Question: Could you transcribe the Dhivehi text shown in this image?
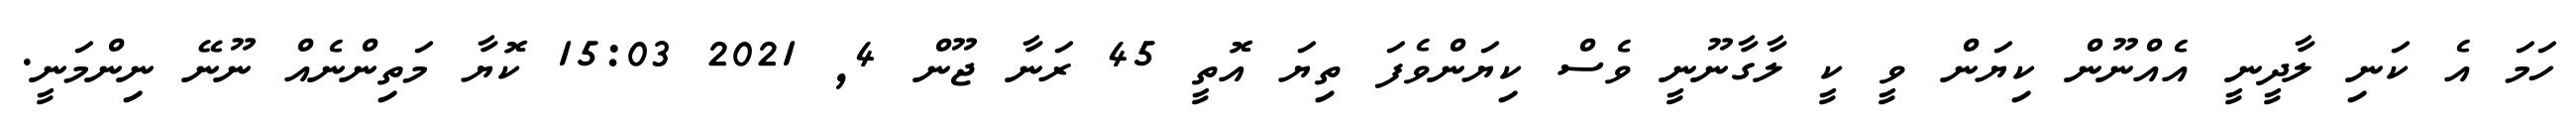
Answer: ހަމަ އެ ކަނި ލާދީނީ އެއްނޫން ކިޔަން ވީ ކީ ލާގާނޫނީ ވެސް ކިޔަންވެފަ ތިޔަ އޮތީ 45 ރަނާ ޖޫން 4, 2021 15:03 ކޮޔާ މަތިންނެއް ނޫނޭ ނިންމަނީ.